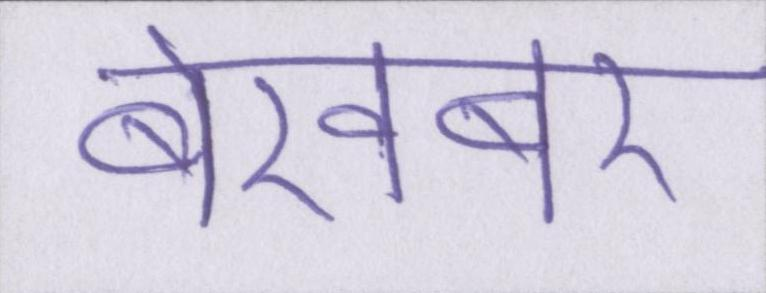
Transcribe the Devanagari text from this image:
बेखबर